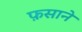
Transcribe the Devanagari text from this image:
फ़साने